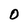
Character: 0